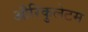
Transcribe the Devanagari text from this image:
औरिकुलेटम